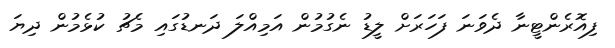
ފިއޮރެންޓީނާ ދެވަނަ ފަހަރަށް ލީޑު ނެގުމުން އަމިއްލަ ދަނޑުގައި މެޗު ކުޅެމުން ދިޔަ